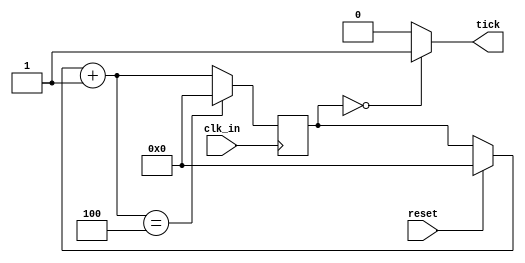
`timescale 1ns / 1ps
//////////////////////////////////////////////////////////////////////////////////
// Company: 
// Engineer: 
// 
// Design Name: 
// Module Name:    SlowClock 
// Project Name: 
// Target Devices: 
// Tool versions: 
// Description: 
//
// Dependencies: 
//
// Revision: 
// Revision 0.01 - File Created
// Additional Comments: 
//
//////////////////////////////////////////////////////////////////////////////////
 module SlowClock(clk_in, tick, reset);
    input clk_in ;
    output wire tick;
	 input reset; 
    reg [31:0] counter;
    
	 localparam Max = 10/2;

    always @(posedge clk_in) 
    begin
	 if (reset)
	 counter = 32'd0;
    counter =counter+32'b1;
	 if (counter == Max - 1)
	 counter = 0;
    end
    
	 assign tick = (counter == 0) ? 1'b1:1'b0;

    endmodule